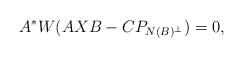
LaTeX: \begin{align*}A^{*}W(AXB-CP_{N(B)^{\perp}})=0, \end{align*}